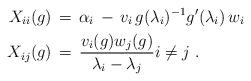
LaTeX: \begin{align*}X_{ii}(g) &\,=\, \alpha_i \,-\,v_i\,g(\lambda_i)^{-1} g'(\lambda_i) \, w_i\\X_{ij}(g) &\,=\, \frac{v_i(g) w_j(g)}{\lambda_i - \lambda_j} i \neq j \ .\end{align*}